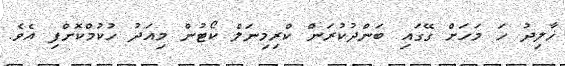
ޚާލިދު ހަ މަހަށް ގޭގައި ބަންދުކުރަން ކްރިމިނަލް ކޯޓުން މިއަދު ހުކުމްކޮށްފި އެވެ.